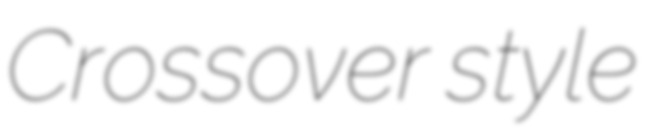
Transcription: Crossover style